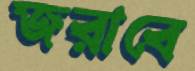
জরাবে